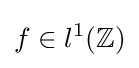
f\in l^{1}(\mathbb {Z} )